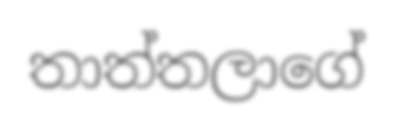
තාත්තලාගේ